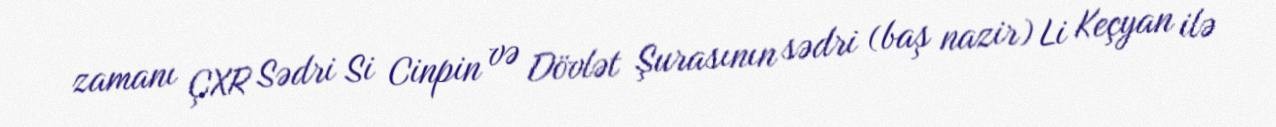
zamanı ÇXR Sədri Si Cinpin və Dövlət Şurasının sədri (baş nazir) Li Keçyan ilə